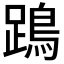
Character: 𨄙